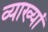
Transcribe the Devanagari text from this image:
व्याख्यां